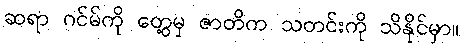
ဆရာ ဂင်မ်ကို တွေ့မှ ဇာတိက သတင်းကို သိနိုင်မှာ။